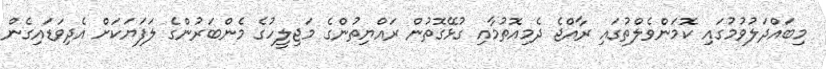
މިބައްދަލުވުމުގައި ކޮމަންވެލްތުގައި ރާއްޖެ ދެމިއޮތުމާއި ގުޅޭގޮތުން ރައްޔިތުންގެ މަޖިލީހުގެ މެންބަރުންގެ ލަފަޔަކަށް އެދިވަޑައިގެން